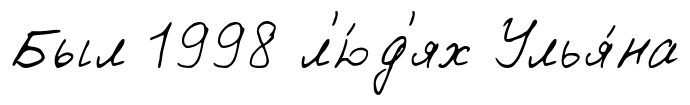
Был 1998 л'ю́д'ях Улья́на